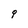
Character: q